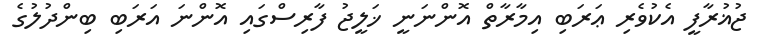
ޖުޣުރާފީ އެކުވެރި ޢަރަބި އިމާރާތް އޮންނަނީ ޚަލީޖު ފާރިސްގައި އޮންނަ އަރަބި ބިންދުލުގެ